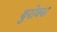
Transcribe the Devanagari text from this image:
थुरोक्स